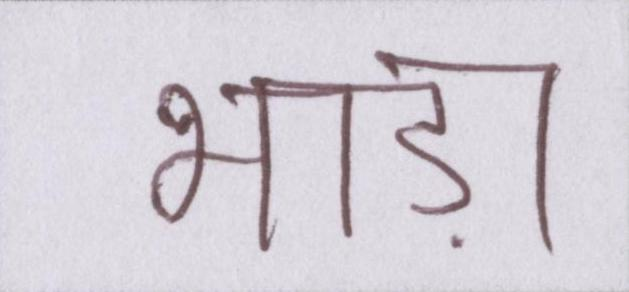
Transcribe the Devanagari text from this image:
भाड़ा